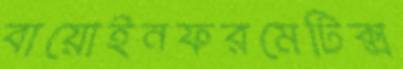
বায়োইনফরমেটিক্স